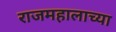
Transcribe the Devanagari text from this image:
राजमहालाच्या